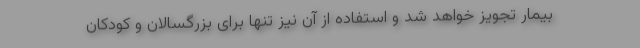
بیمار تجویز خواهد شد و استفاده از آن نیز تنها برای بزرگسالان و کودکان